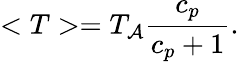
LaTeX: <T>=T_{\mathcal{A}}{\frac{{c_{p}}}{{c_{p}+1}}}.